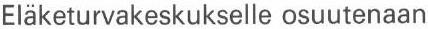
Eläketurvakeskukselle osuutenaan